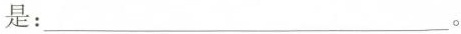
：___。